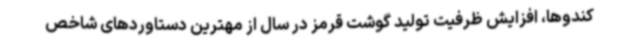
کندوها، افزایش ظرفیت تولید گوشت قرمز در سال از مهترین دستاوردهای شاخص